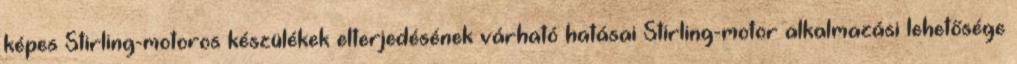
képes Stirling-motoros készülékek elterjedésének várható hatásai Stirling-motor alkalmazási lehetősége